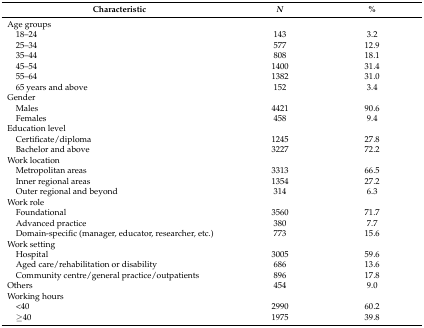
<table><thead><tr><td><b>Characteristic </b></td><td><b><i>N</i></b></td><td><b>%</b></td></tr></thead><tbody><tr><td>Age groups </td><td></td><td></td></tr><tr><td> 18–24</td><td>143</td><td>3.2</td></tr><tr><td> 25–34</td><td>577</td><td>12.9</td></tr><tr><td> 35–44</td><td>808</td><td>18.1</td></tr><tr><td> 45–54</td><td>1400</td><td>31.4</td></tr><tr><td> 55–64</td><td>1382</td><td>31.0</td></tr><tr><td> 65 years and above</td><td>152</td><td>3.4</td></tr><tr><td>Gender </td><td></td><td></td></tr><tr><td> Males </td><td>4421</td><td>90.6</td></tr><tr><td> Females</td><td>458</td><td>9.4</td></tr><tr><td>Education level </td><td></td><td></td></tr><tr><td> Certificate/diploma </td><td>1245</td><td>27.8</td></tr><tr><td> Bachelor and above </td><td>3227</td><td>72.2</td></tr><tr><td>Work location </td><td></td><td></td></tr><tr><td> Metropolitan areas</td><td>3313</td><td>66.5</td></tr><tr><td> Inner regional areas</td><td>1354</td><td>27.2</td></tr><tr><td> Outer regional and beyond</td><td>314</td><td>6.3</td></tr><tr><td>Work role </td><td></td><td></td></tr><tr><td> Foundational </td><td>3560</td><td>71.7</td></tr><tr><td> Advanced practice </td><td>380</td><td>7.7</td></tr><tr><td> Domain-specific (manager, educator, researcher, etc.)</td><td>773</td><td>15.6</td></tr><tr><td>Work setting </td><td></td><td></td></tr><tr><td> Hospital </td><td>3005</td><td>59.6</td></tr><tr><td> Aged care/rehabilitation or disability </td><td>686</td><td>13.6</td></tr><tr><td> Community centre/general practice/outpatients </td><td>896</td><td>17.8</td></tr><tr><td>Others </td><td>454</td><td>9.0</td></tr><tr><td>Working hours </td><td></td><td></td></tr><tr><td> &lt;40 </td><td>2990</td><td>60.2</td></tr><tr><td> ≥40</td><td>1975</td><td>39.8</td></tr></tbody></table>